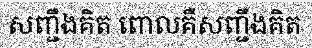
សញ្ជឹងគិត ពោលគឺសញ្ជឹងគិត